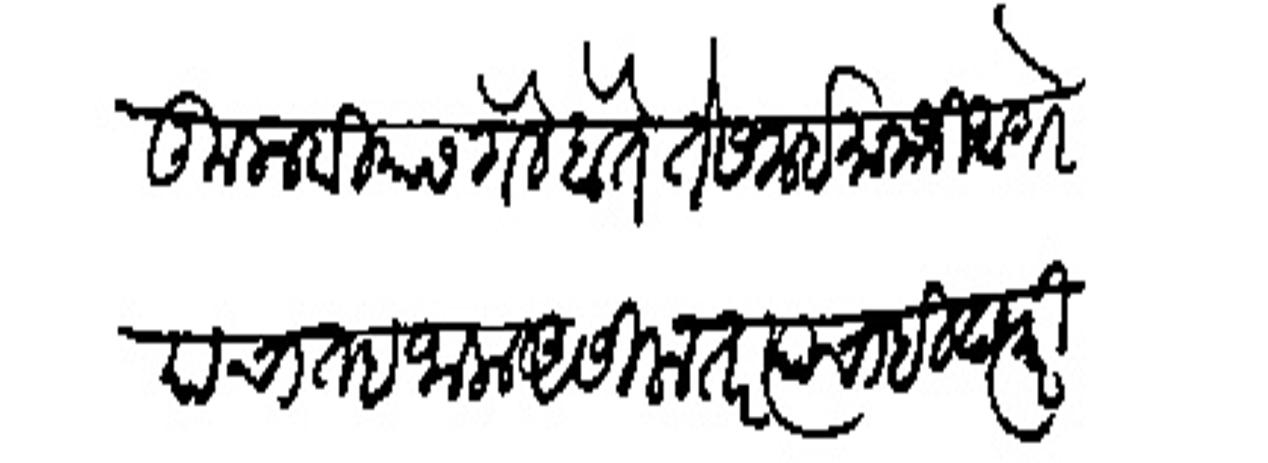
Transliteration (Devanagari): कुलावियास गेले होते ते समई मानाजी आगरेपाचा तह जाला असिला तर त्याचाहि दप्वूरी